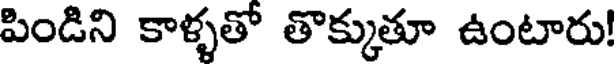
పిండిని కాళ్ళతో తొక్కుతూ ఉంటారు!